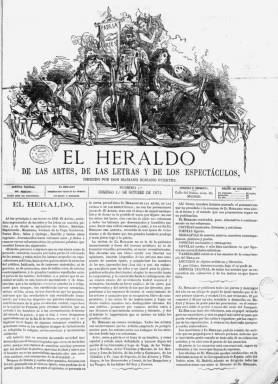
Título: El Heraldo de las artes, de las letras y de los espectáculos
Otros títulos: Heraldo || Heraldo (Madrid. 1871)
Colección: Cultura
Ámbito geográfico: Madrid
Lugar de publicación: Madrid
Fechas: 01/10/1871-28/04/1872